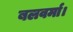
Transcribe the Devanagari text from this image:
बलवर्मा।